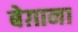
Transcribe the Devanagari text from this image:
बेग़ाना